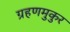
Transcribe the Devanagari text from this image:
ग्रहणमुकुर